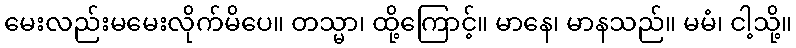
မေးလည်းမမေးလိုက်မိပေ။ တသ္မာ၊ ထို့ကြောင့်။ မာနေ၊ မာနသည်။ မမံ၊ ငါ့သို့။